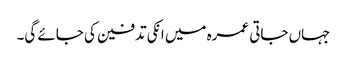
جہاں جاتی عمرہ میں انکی تدفین کی جائے گی۔